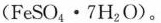
(FeSO_{4} \cdots 7H_{2}O)。